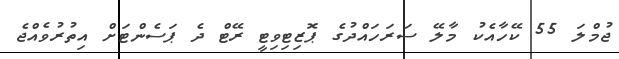
ޖުމްލަ 55 ކޭހާއެކު މާލޭ ސަރަހައްދުގެ ޕޮޒިޓިވިޓީ ރޭޓް ދެ ޕަސެންޓަށް އިތުރުވެއްޖެ